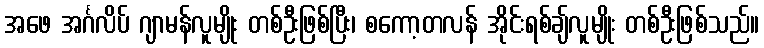
အဖေ အင်္ဂလိပ် ဂျာမန်လူမျိုး တစ်ဦးဖြစ်ပြီး၊ စကော့တလန် အိုင်းရစ်ချ်လူမျိုး တစ်ဦးဖြစ်သည်။